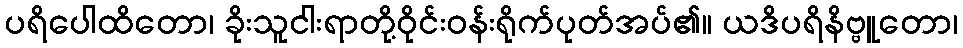
ပရိပေါထိတော၊ ခိုးသူငါးရာတို့ဝိုင်းဝန်းရိုက်ပုတ်အပ်၏။ ယဒိပရိနိဗ္ဗူတော၊